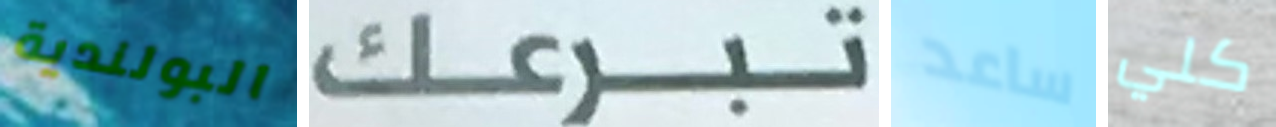
البولندية تبرعك ساعد كلي